Report on the bubonic plague in Bombay, 1896-1897
Year: 1896
Disease focus: Plague
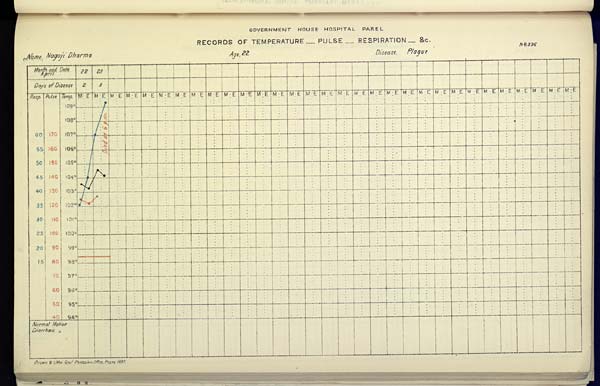
GOVERNMENT HOUSE HOSPITAL PAREL
RECORDS OF TEMPERATURE __ PULSE __ RESPIRATION __ &c.
No. 396
Name,
Nagoji
Dharma
Age,
22
Disease,
Plague
Drawn & Litho Govt. Photozinco, Office, Poona 1897.